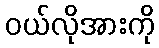
ဝယ်လိုအားကို